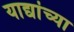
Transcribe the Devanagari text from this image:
याद्यांच्या